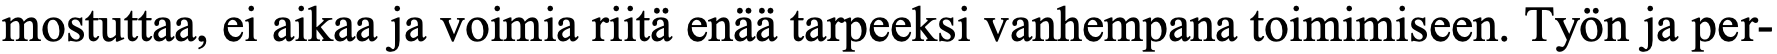
mostuttaa, ei aikaa ja voimia riitä enää tarpeeksi vanhempana toimimiseen. Työn ja per-